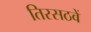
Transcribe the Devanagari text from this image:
तिरसठवें